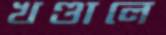
খণ্ডালে